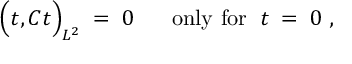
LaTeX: \Big ( t , C t \Big ) _ { L ^ { 2 } } \; = \; 0 \; \; \; \; \; \; \mathrm { o n l y ~ f o r } \; \; t \; = \; 0 \; ,